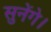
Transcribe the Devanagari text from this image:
सुनेंगे।